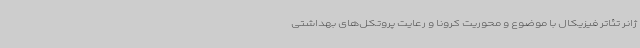
ژانر تئاتر فیزیکال با موضوع و محوریت کرونا و رعایت پروتکل‌های بهداشتی